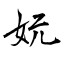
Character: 妧